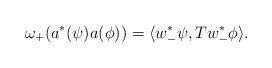
LaTeX: \begin{align*}\omega_+ ( a^*(\psi) a( \phi) ) = \langle w_-^* \psi, T w_-^* \phi \rangle.\end{align*}